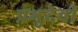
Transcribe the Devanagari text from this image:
प्रभुदेवी